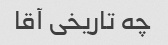
چه تاریخی آقا